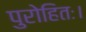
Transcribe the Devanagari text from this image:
पुरोहितः।